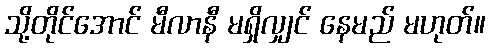
သို့တိုင်အောင် မီလာနီ မရှိလျှင် နေမည် မဟုတ်။